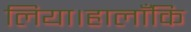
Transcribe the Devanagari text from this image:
लिया।हालाँकि